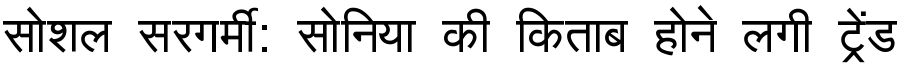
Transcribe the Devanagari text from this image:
सोशल सरगर्मी: सोनिया की किताब होने लगी ट्रेंड